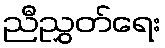
ညီညွှတ်ရေး